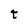
Character: t